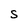
Character: S